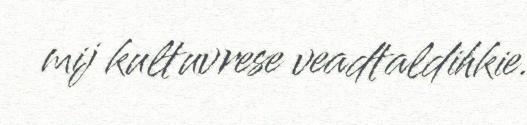
mij kultuvrese veadtaldihkie.